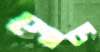
শোকা